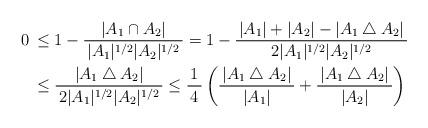
LaTeX: \begin{align*}0 & \, \leq 1-\frac{|A_1\cap A_2|}{\, |A_1|^{1/2}|A_2|^{1/2}\, } = 1 - \frac{\, |A_1|+|A_2|-|A_1\bigtriangleup A_2|\, }{2|A_1|^{1/2}|A_2|^{1/2}}\\& \, \leq \frac{|A_1\bigtriangleup A_2|}{\, 2|A_1|^{1/2}|A_2|^{1/2}\, } \leq \frac{1}{\, 4\, }\left( \frac{\, |A_1\bigtriangleup A_2|\, }{|A_1|}+\frac{\, |A_1\bigtriangleup A_2|\, }{|A_2|}\right)\end{align*}